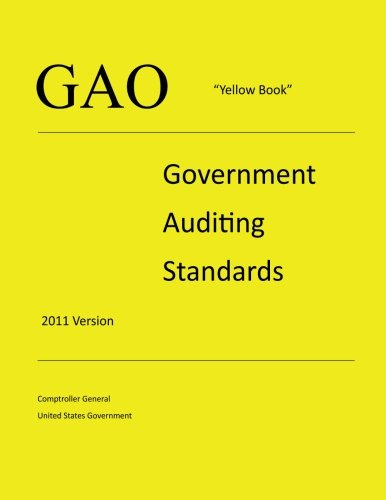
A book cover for GAO "Yellow Book" - Government Auditing Standards - 2011 Version; Comptroller General United States Government; Business & Money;